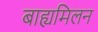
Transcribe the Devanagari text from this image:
बाह्यमिलन